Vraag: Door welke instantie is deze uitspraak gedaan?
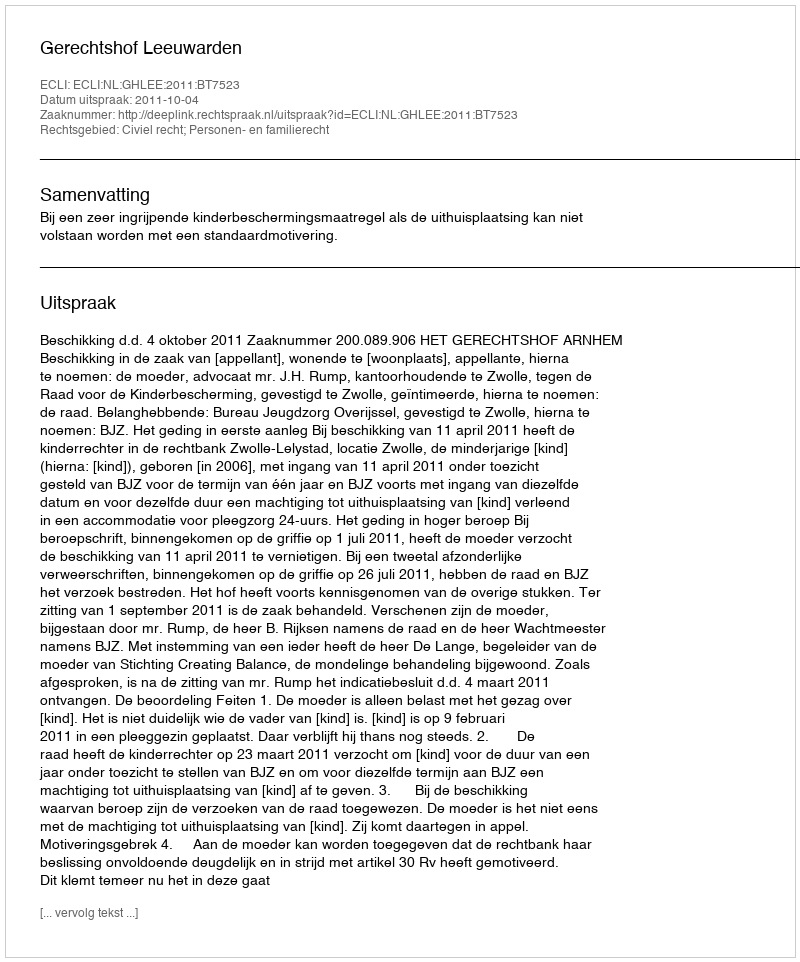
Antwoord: Gerechtshof Leeuwarden